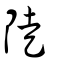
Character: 陡